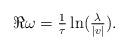
LaTeX: \begin{align*} \Re \omega = \tfrac{1}{\tau} \ln(\tfrac{\lambda}{|v|}). \end{align*}